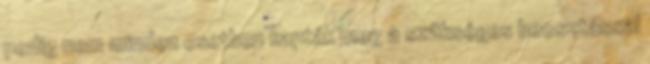
pedig nem minden esetben kapták meg a szükséges beosztással